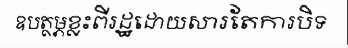
ឧបត្ថម្ភខ្លះពីរដ្ឋដោយសារតែការបិទ